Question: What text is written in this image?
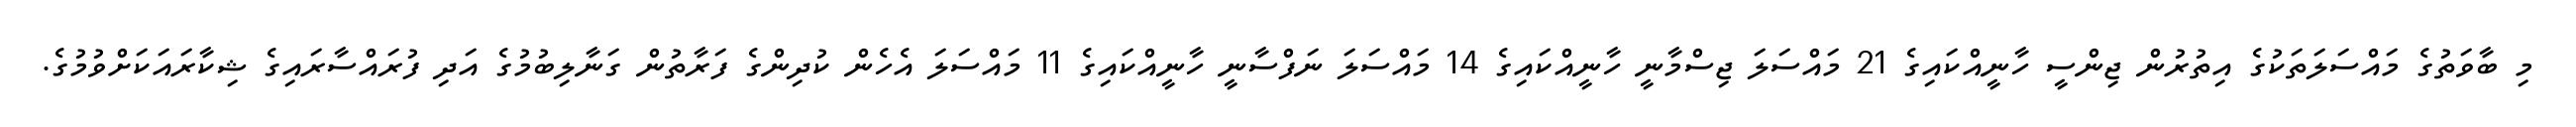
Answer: މި ބާވަތުގެ މައްސަލަތަކުގެ އިތުރުން ޖިންސީ ހާނީއްކައިގެ 21 މައްސަލަ ޖިސްމާނީ ހާނީއްކައިގެ 14 މައްސަލަ ނަފްސާނީ ހާނީއްކައިގެ 11 މައްސަލަ އެހެން ކުދިންގެ ފަރާތުން ގަނާލިބުމުގެ އަދި ފުރައްސާރައިގެ ޝިކާރައަކަށްވުމުގެ.